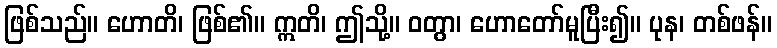
ဖြစ်သည်။ ဟောတိ၊ ဖြစ်၏။ ဣတိ၊ ဤသို့။ ဝတွာ၊ ဟောတော်မူပြီး၍။ ပုန၊ တစ်ဖန်။